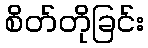
စိတ်တိုခြင်း